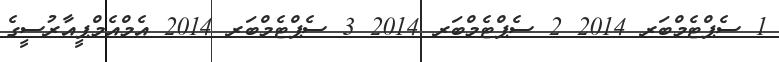
1 ސެޕްޓެމްބަރ 2014 2 ސެޕްޓެމްބަރ 2014 3 ސެޕްޓެމްބަރ 2014 އެމްއެމްޕީއާރުސީގެ